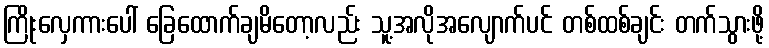
ကြိုးလှေကားပေါ် ခြေထောက်ချမိတော့လည်း သူ့အလိုအလျောက်ပင် တစ်ထစ်ချင်း တက်သွားဖို့